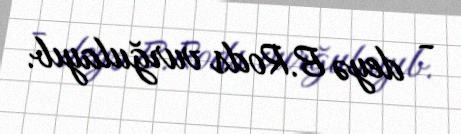
- deyə B.Rods vurğulayıb.